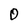
Character: 0